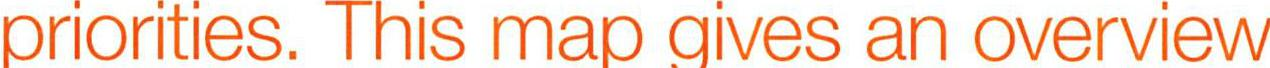
priorities. This map gives an overview